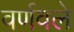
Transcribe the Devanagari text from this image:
वर्णवले